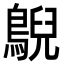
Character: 鶃